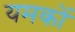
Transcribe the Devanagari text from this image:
यमकों